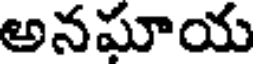
అనఘాయ